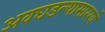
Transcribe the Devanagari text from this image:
अवघडल्यासारखं